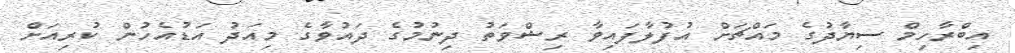
އިބްރާހިމް ސިޔާދުގެ މައްޗަށް އުފުލާފައިވާ ރިޝްވަތު ދިނުމުގެ ދައުވާގެ މިއަދު އަޑުއެހުން ކުރިއަށް